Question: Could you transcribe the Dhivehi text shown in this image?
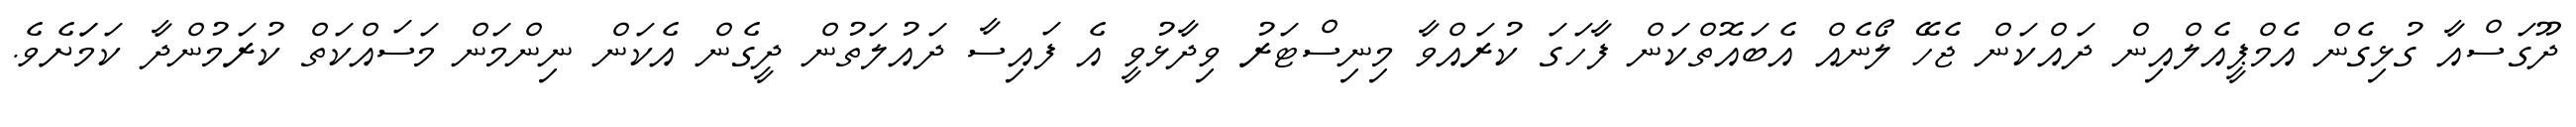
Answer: ދޫގަސްއާ ގުޅިގެން އެމްޕީއެލްއިން ދައްކަން ޖެހޭ ލޯނެއް އެބައޮތްކަން ފާހަގަ ކުރައްވާ މިނިސްޓަރު ވިދާޅުވީ އެ ފައިސާ ދައުލަތުން ދީގެން އެކަން ނިންމަން މަސައްކަތް ކުރަމުންދާ ކަމަަށެވެ.